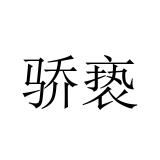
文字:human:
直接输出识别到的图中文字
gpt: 骄亵